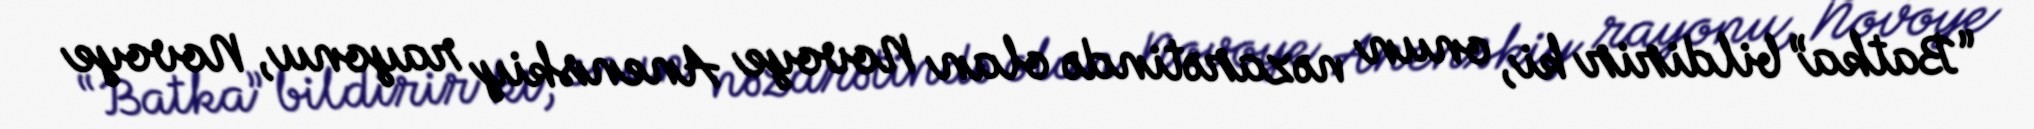
“Batka” bildirir ki, onun nəzarətində olan Novoye Anenskiy rayonu, Novoye